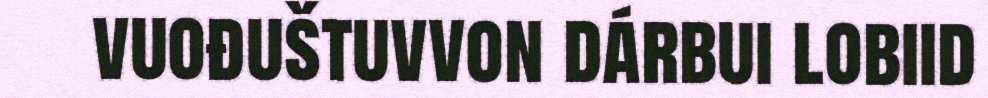
vuođuštuvvon dárbui lobiid